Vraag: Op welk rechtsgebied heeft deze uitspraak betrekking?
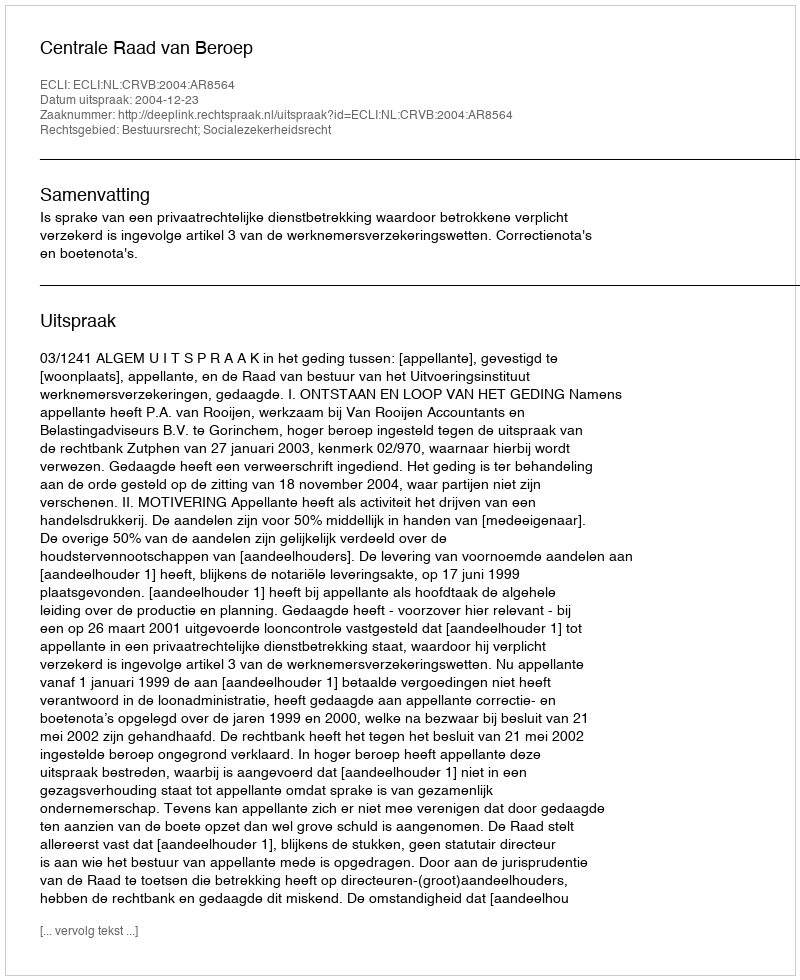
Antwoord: Bestuursrecht; Socialezekerheidsrecht